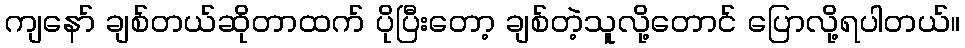
ကျနော် ချစ်တယ်ဆိုတာထက် ပိုပြီးတော့ ချစ်တဲ့သူလို့တောင် ပြောလို့ရပါတယ်။